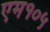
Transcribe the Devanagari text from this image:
एम१०५